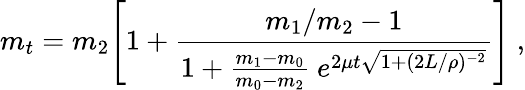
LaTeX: m_{t}=m_{2}\Bigg[1+\frac{m_{1}/m_{2}-1}{1+\frac{m_{1}-m_{0}}{m_{0}-m_{2}}\ e^{2\mu t\sqrt{1+(2L/\rho)^{-2}}}}\Bigg]\ ,